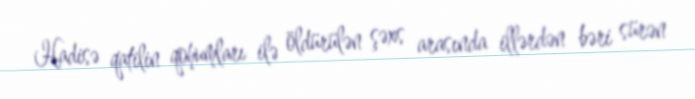
Hadisə qatilin qohumları ilə öldürülən şəxs arasında illərdən bəri sürən